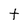
Character: t